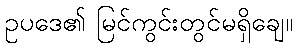
ဥပဒေ၏ မြင်ကွင်းတွင်မရှိချေ။